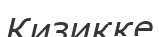
Кизикке